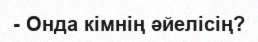
- Онда кімнің әйелісің?